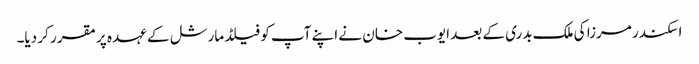
اسکندر مرزا کی ملک بدری کے بعد ایوب خان نے اپنے آپ کو فیلڈ مارشل کے عہدہ پر مقرر کر دیا۔